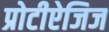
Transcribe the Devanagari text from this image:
प्रोटीऐजिज